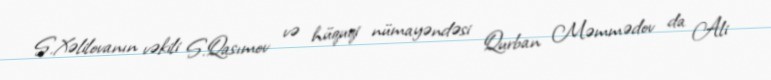
S.Xəlilovanın vəkili S.Qasımov və hüquqi nümayəndəsi Qurban Məmmədov da Ali